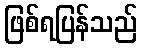
ဖြစ်ရပြန်သည်